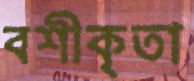
বশীকৃতা